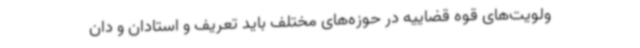
ولویت‌های قوه قضاییه در حوزه‌های مختلف باید تعریف و استادان و دان